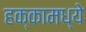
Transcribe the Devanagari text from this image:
हक्कामध्ये